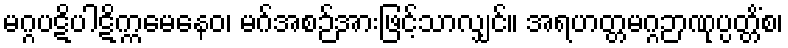
မဂ္ဂပဋိပါဋိက္ကမေနေဝ၊ မဂ်အစဉ်အားဖြင့်သာလျှင်။ အရဟတ္တမဂ္ဂဉာဏုပ္ပတ္တိံစ၊